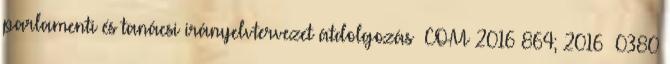
parlamenti és tanácsi irányelvtervezet átdolgozás COM 2016 864; 2016 0380